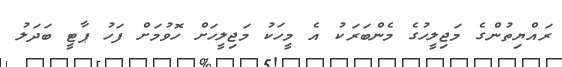
ރައްޔިތުންގެ މަޖިލީހުގެ މެންބަރަކު އެ މީހަކު މަޖިލީހަށް ހޮވުމަށް ފަހު ޕާޓީ ބަދަލު